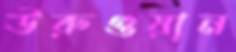
উরুগুয়ান